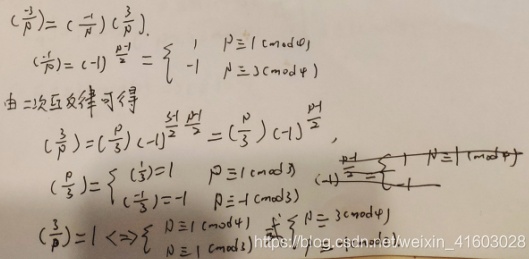
\[
\begin{align*}
\left(\frac{-3}{p}\right)&=\left(\frac{-1}{p}\right)\left(\frac{3}{p}\right)\\
\left(\frac{-1}{p}\right)&=(-1)^{\frac{p - 1}{2}}=\begin{cases}
1, & p\equiv1\pmod{4}\\
-1, & p\equiv3\pmod{4}
\end{cases}\\
\text{由二次互反律可得}\\
\left(\frac{3}{p}\right)&=\left(\frac{p}{3}\right)(-1)^{\frac{p - 1}{2}\cdot\frac{3 - 1}{2}}=\left(\frac{p}{3}\right)(-1)^{\frac{p - 1}{2}}\\
\left(\frac{p}{3}\right)&=\begin{cases}
\left(\frac{1}{3}\right)=1, & p\equiv1\pmod{3}\\
\left(\frac{-1}{3}\right)= - 1, & p\equiv - 1\pmod{3}
\end{cases}\\
\left(\frac{-3}{p}\right)&=1\Leftrightarrow\begin{cases}
p\equiv1\pmod{4}\\
p\equiv1\pmod{3}
\end{cases} \text{ 或 }\begin{cases}
p\equiv3\pmod{4}\\
p\equiv - 1\pmod{3}
\end{cases}
\end{align*}
\]